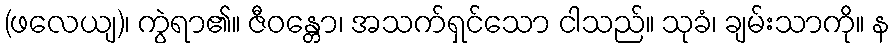
(ဖလေယျ)၊ ကွဲရာ၏။ ဇီဝန္တော၊ အသက်ရှင်သော ငါသည်။ သုခံ၊ ချမ်းသာကို။ န